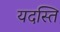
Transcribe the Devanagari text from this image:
यदस्ति